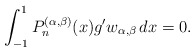
\begin{align*} \int_{-1}^1 P_n^{(\alpha,\beta)}(x) g' w_{\alpha,\beta}\,dx =0. \end{align*}